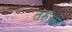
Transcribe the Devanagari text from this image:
तरुंची